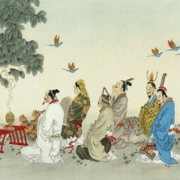
人人亲其亲，长其长，而天下平。